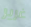
غرير